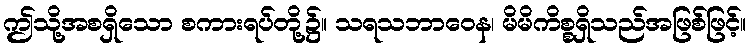
ဤသို့အစရှိသော စကားရပ်တို့၌။ သရသဘာဝေန၊ မိမိကိစ္စရှိသည်အဖြစ်ဖြင့်။